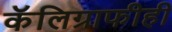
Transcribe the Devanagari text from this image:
कॅलिग्राफीही